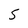
Character: 5